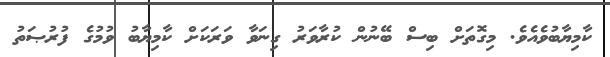
ކާމިޔާބުވެއެވެ. މިގޮތަށް ބިސް ބޭނުން ކުރާވަރު ގިނަވާ ވަރަކަށް ކާމިޔާބު ވުމުގެ ފުރުޞަތު